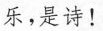
乐，是诗！